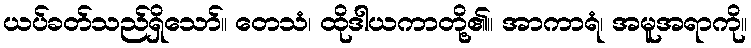
ယပ်ခတ်သည်ရှိသော်။ တေသံ၊ ထိုဒါယကာတို့၏။ အာကာရံ၊ အမူအရာကို။